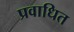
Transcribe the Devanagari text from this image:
प्रवाधित